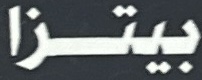
بيتزا